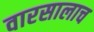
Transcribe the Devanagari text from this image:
वारसालाच